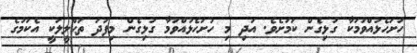
ހުށަހެޅުއްވުމަކާ ގުޅިގެން ކަމަށެވެ. އަދި މި ހުށަހެޅުއްވުމާ ގުޅިގެން މިފަދަ ތަޙްލީލަކީ އެކަމުގެ